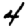
Digit: 4